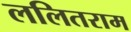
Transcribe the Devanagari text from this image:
ललितराम